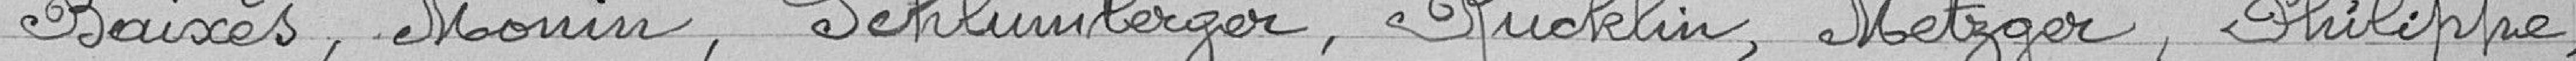
Baixès, Monin, Schlumberger, Rucklin, Metzger, Philippe,